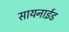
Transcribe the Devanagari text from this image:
सायनाईड